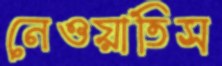
নেওয়াতিস